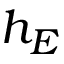
h _ { E }